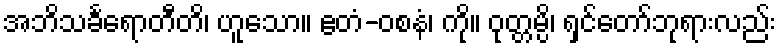
အဘိသင်္ခရောတီတိ၊ ဟူသော။ ဧတံ-ဝစနံ၊ ကို။ ဝုတ္တမ္ပိ၊ ရှင်တော်ဘုရားလည်း